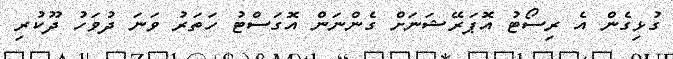
ގުޅިގެން އެ ރިސޯޓު އޮޕަރޭޝަނަށް ގެންނަން އޮގަސްޓު ހަތަރު ވަނަ ދުވަހު ދޫކުރި